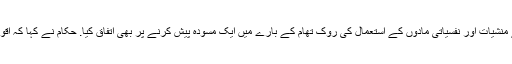
انہوں نے ایس سی او چھنگداو سربراہی اجلاس میں منظوری کے لئے منشیات اور نفسیاتی مادوں کے استعمال کی روک تھام کے بارے میں ایک مسودہ پیش کرنے پر بھی اتفاق کیا. حکام نے کہا کہ اقوام متحدہ کے انسداد منشیات کنونشن کے اختیار کا تحفظ کیا جائے گا ۔